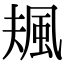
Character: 𩖬